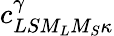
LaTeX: {c}_{LS{M}_{L}{M}_{S}\kappa}^{\gamma}